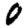
Digit: 0